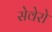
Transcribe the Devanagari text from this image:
सेवेरो